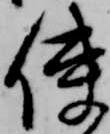
使